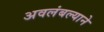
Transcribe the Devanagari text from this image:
अवलंबल्याने